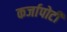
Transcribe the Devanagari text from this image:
कर्जापोटी